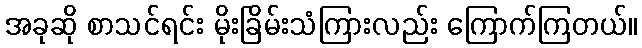
အခုဆို စာသင်ရင်း မိုးခြိမ်းသံကြားလည်း ကြောက်ကြတယ်။